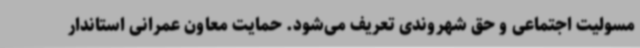
مسولیت اجتماعی و حق شهروندی تعریف می‌شود. حمایت معاون عمرانی استاندار